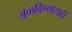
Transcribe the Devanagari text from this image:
जुळविण्यासाठी